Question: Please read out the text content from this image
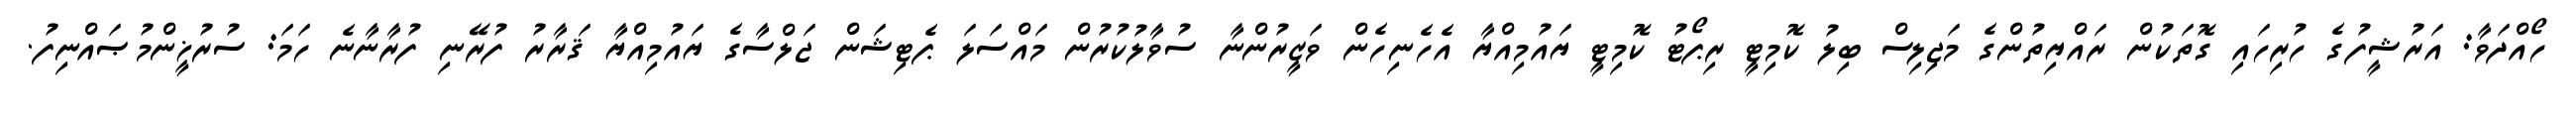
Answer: ހޯއްދަވާ: އަރުޝީފުގެ ހުރިހައި ގޮތަކުން ރައްޔިތުންގެ މަޖިލިސް ބިލު ކޮމިޓީ ރިޕޯޓު ކޮމިޓީ ޔައުމިއްޔާ އެހެނިހެން ވަޒީރުންނާ ސުވާލުކުރުން މައްސަލަ ޕެޓިޝަން ޖަލްސާގެ ޔައުމިއްޔާ ޤަރާރު ފުރޭނި ފުރާނާނެ ހަމަ: ސުރުޚީންމުޞައްނިފު.